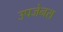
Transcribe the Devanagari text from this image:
उपजेनरा